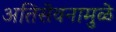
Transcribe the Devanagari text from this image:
अतिसेवनामुळे